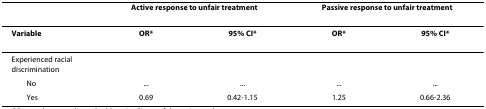
<table><thead><tr><td></td><td colspan="2"><b>Active response to unfair treatment</b></td><td colspan="2"><b>Passive response to unfair treatment</b></td></tr></thead><tbody><tr><td><b>Variable</b></td><td><b>OR*</b></td><td><b>95% CI*</b></td><td><b>OR*</b></td><td><b>95% CI*</b></td></tr><tr><td>Experienced racial discrimination</td><td></td><td></td><td></td><td></td></tr><tr><td> No</td><td>...</td><td>...</td><td>...</td><td>...</td></tr><tr><td> Yes</td><td>0.69</td><td>0.42-1.15</td><td>1.25</td><td>0.66-2.36</td></tr></tbody></table>